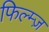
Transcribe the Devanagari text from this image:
फिल्म्ज़